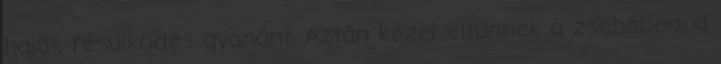
haját, fésülködés gyanánt. Aztán kezei eltűnnek a zsebében, a